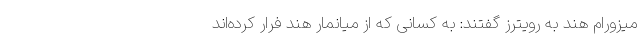
میزورام هند به رویترز گفتند: به کسانی که از میانمار هند فرار کرده‌اند